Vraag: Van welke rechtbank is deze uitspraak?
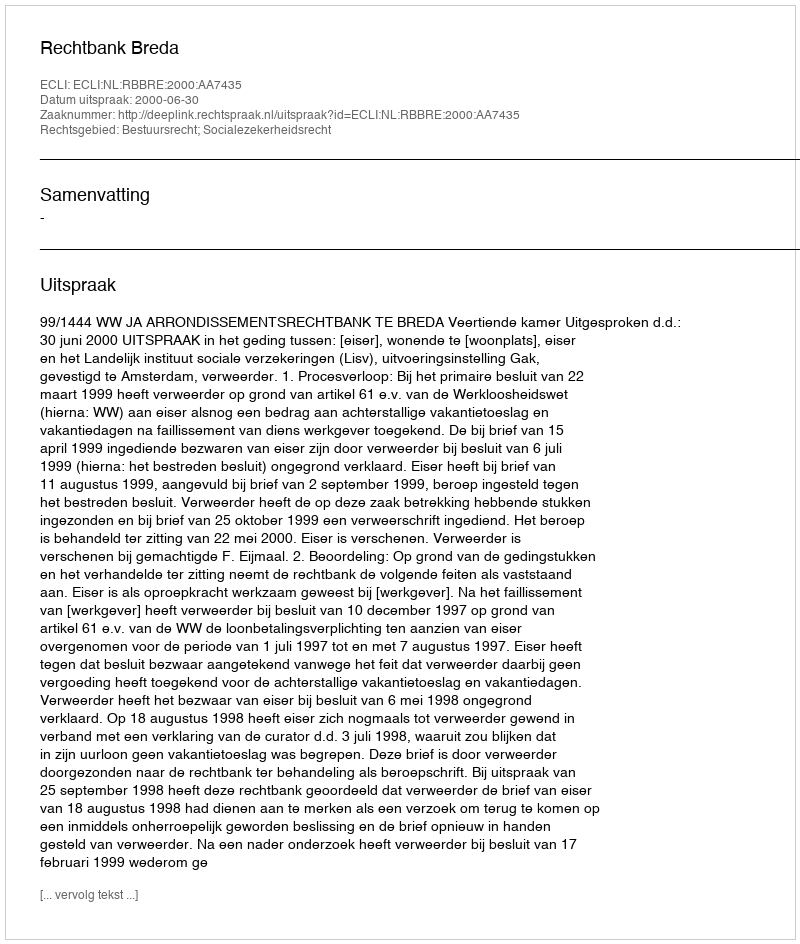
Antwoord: Rechtbank Breda